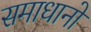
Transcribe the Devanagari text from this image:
समाधानो